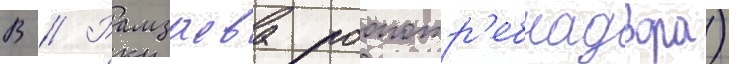
В // Рамзаева роспотр'ебнадзора)